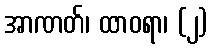
အာဏတ်၊ ထာဝရာ၊ (၂)